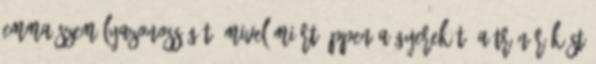
Emma személyazonosságát, mivel miért éppen a gyerekét, a trónörököst